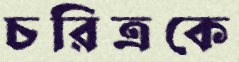
চরিত্রকে